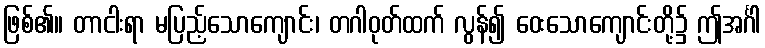
ဖြစ်၏။ တာငါးရာ မပြည့်သောကျောင်း၊ တဂါဝုတ်ထက် လွန်၍ ဝေးသောကျောင်းတို့၌ ဤအင်္ဂါ